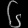
Digit: ၆